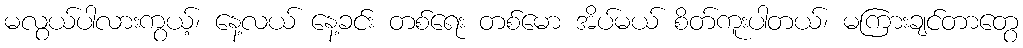
မလွယ်ပါလားကွယ့်၊ နေ့လယ် နေ့ခင်း တစ်ရေး တစ်မော အိပ်မယ် စိတ်ကူးပါတယ်၊ မကြားချင်တာတွေ